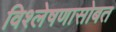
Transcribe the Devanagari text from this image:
विश्लेषणासोबत